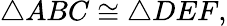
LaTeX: \triangle ABC\cong\triangle DEF,